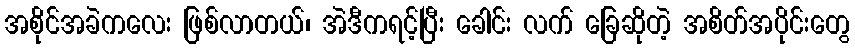
အစိုင်အခဲကလေး ဖြစ်လာတယ်၊ အဲဒီကရင့်ပြီး ခေါင်း လက် ခြေဆိုတဲ့ အစိတ်အပိုင်းတွေ